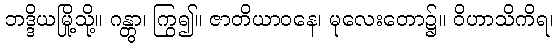
ဘဒ္ဒိယမြို့သို့။ ဂန္တွာ၊ ကြွ၍။ ဇာတိယာဝနေ၊ မုလေးတော၌။ ဝိဟာသိကိရ၊